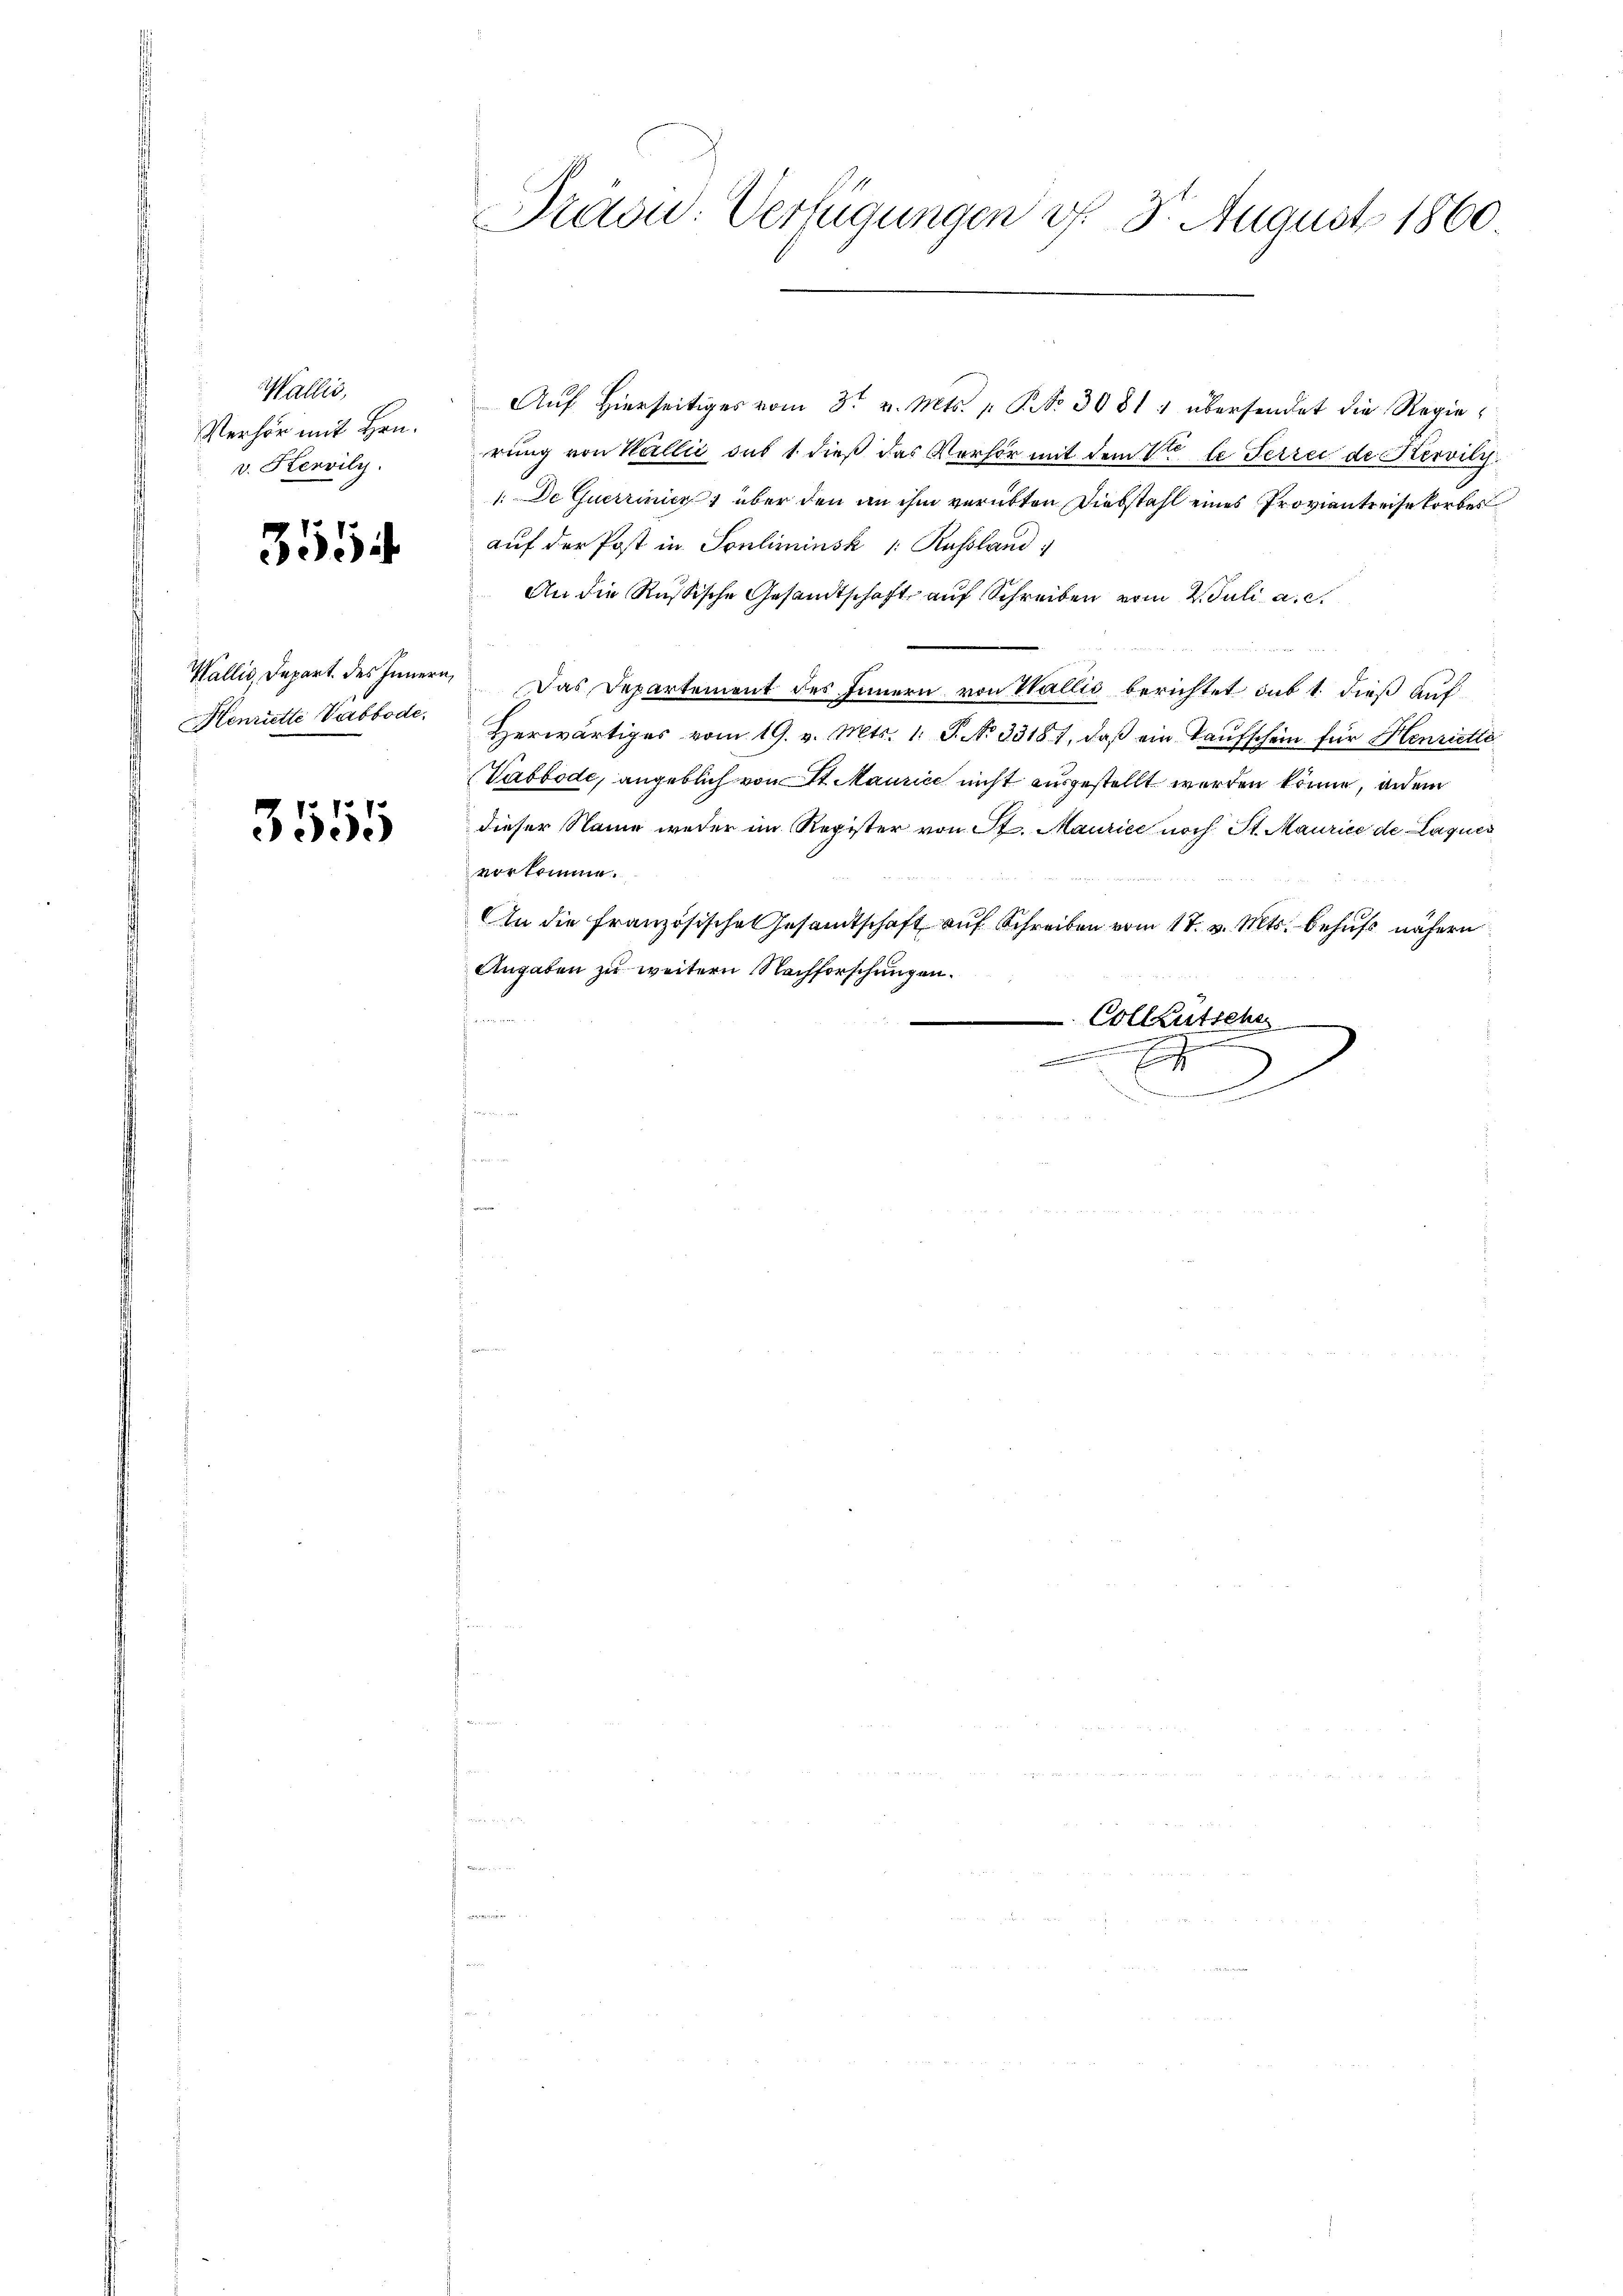
Wallis,
Verhör mit Hrn.
v. Servily.

3554

Wallis, Depart. des Innern
Henriette Vabbode

3555

Präon. Verfügungen d. 3. August 1860.
d

Auf hierseitiges vom 3. v. Mts. „ P. Nr. 3081 : übersendet die Regierung von Wallić das 1 dieß das Verhör mit dem Viele Ferrei de Hervily
1. De Querrinicz 1 über den an ihm verübten Diebstahl eines Proviantreise korbes
auf der Post in Sonliminsk 1: Russland
An die Russische Gesandtschaft auf Schreiben vom 2. Juli a. c.
2
Das Departement des Innern von Wallis berichtet sub 1. dieß auf
Herwärtiges vom 19. v. Mts. 1. S. No 33181, daβ ein Kaŭfschein für Henriette
Vabbode, angeblich von St. Maurice nicht ausgestellt werden könne, an ein
dieser Name weder im Register von St. Maurice noch St. Maurice de Laques
vorkomme.
An die Französische Gesamtschaft auf Schreiben vom 17. v. Mts. behufs nähern
Angaben zu weitern Nachforschungen.
u
Colkutsche

E

D